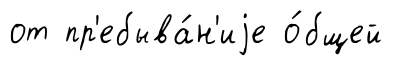
от пр'ебыва́н'иjе о́бщей